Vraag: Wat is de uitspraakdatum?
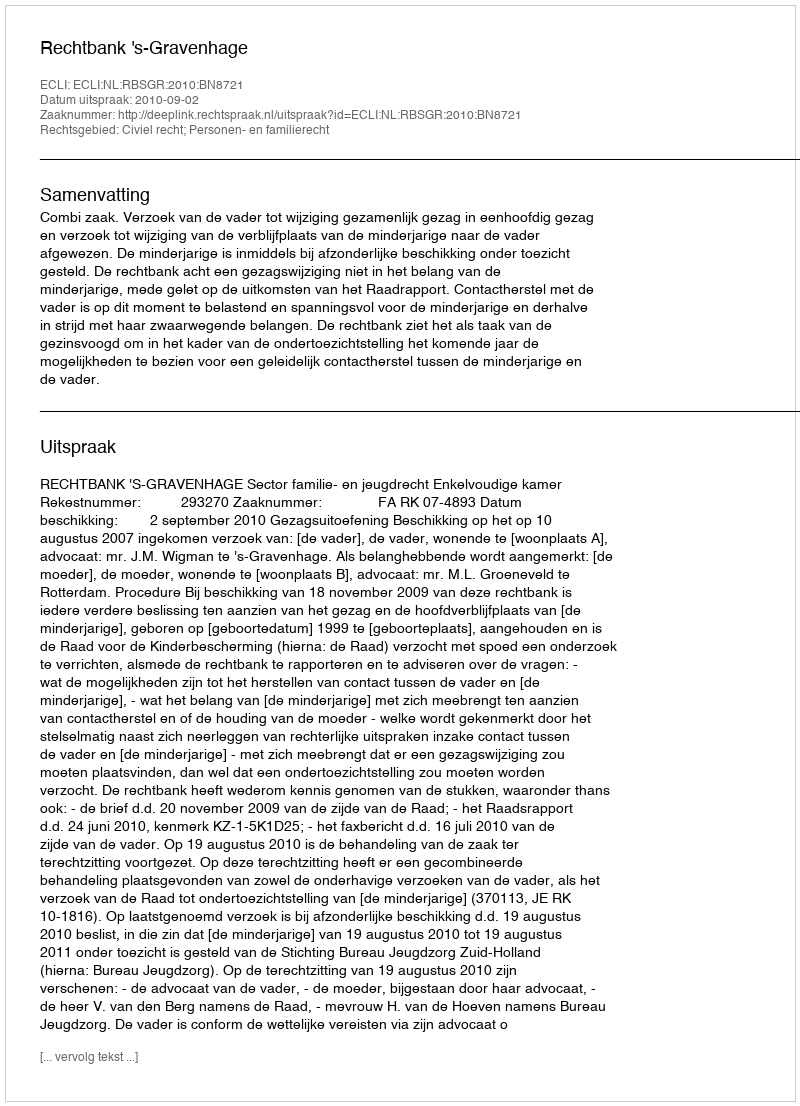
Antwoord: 2010-09-02